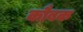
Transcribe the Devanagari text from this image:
कौबक